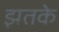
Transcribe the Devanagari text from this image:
झतके